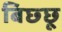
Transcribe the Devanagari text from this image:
बिछ्छू